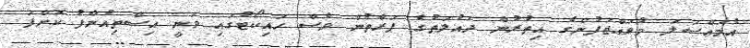
އެމައްސަލަ މުވައްޒަފުންގެ އިތުރުން ދައުލަތުގެ ފަރާތުން ވެސް ހައިކޯޓުގައި ވަނީ އިސްތިއުނާފު ކޮށްފަ